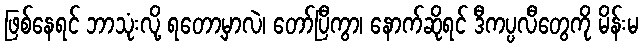
ဖြစ်နေရင် ဘာသုံးလို့ ရတော့မှာလဲ၊ တော်ပြီကွာ၊ နောက်ဆိုရင် ဒီကပ္ပလီတွေကို မိန်းမ